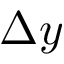
\Delta y